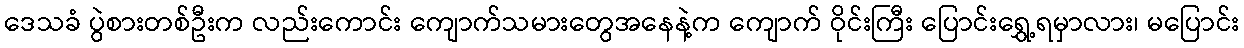
ဒေသခံ ပွဲစားတစ်ဦးက လည်းကောင်း ကျောက်သမားတွေအနေနဲ့က ကျောက် ဝိုင်းကြီး ပြောင်းရွှေ့ရမှာလား၊ မပြောင်း